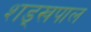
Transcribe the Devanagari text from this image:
शड्खपाल